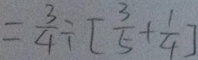
= \frac { 3 } { 4 } \div [ \frac { 3 } { 5 } + \frac { 1 } { 4 } ]